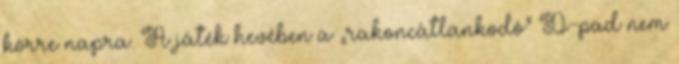
körre napra. A játék hevében a „rakoncátlankodó” D-pad nem